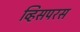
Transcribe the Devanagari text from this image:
व्हिसपरस